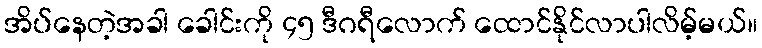
အိပ်နေတဲ့အခါ ခေါင်းကို ၄၅ ဒီဂရီလောက် ထောင်နိုင်လာပါလိမ့်မယ်။